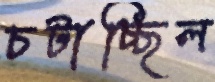
চটাচ্ছিল